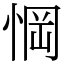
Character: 𢜟